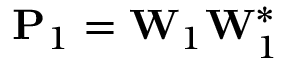
\mathbf { P } _ { 1 } = \mathbf { W } _ { 1 } \mathbf { W } _ { 1 } ^ { * }